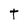
Character: T